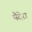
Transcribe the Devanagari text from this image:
मैदेरा